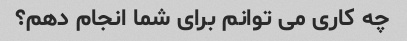
چه کاری می توانم برای شما انجام دهم؟